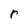
Character: r